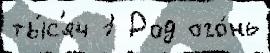
ты́с'яч 1 Род ого́нь